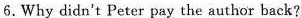
6.Why didn't Peter pay the author back?